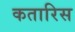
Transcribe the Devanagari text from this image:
कतारिस